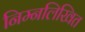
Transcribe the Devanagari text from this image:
निम्नलिखित